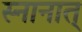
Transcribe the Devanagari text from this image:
स्नानात्